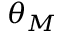
\theta _ { M }